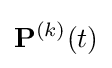
\mathbf {P} ^{(k)}(t)